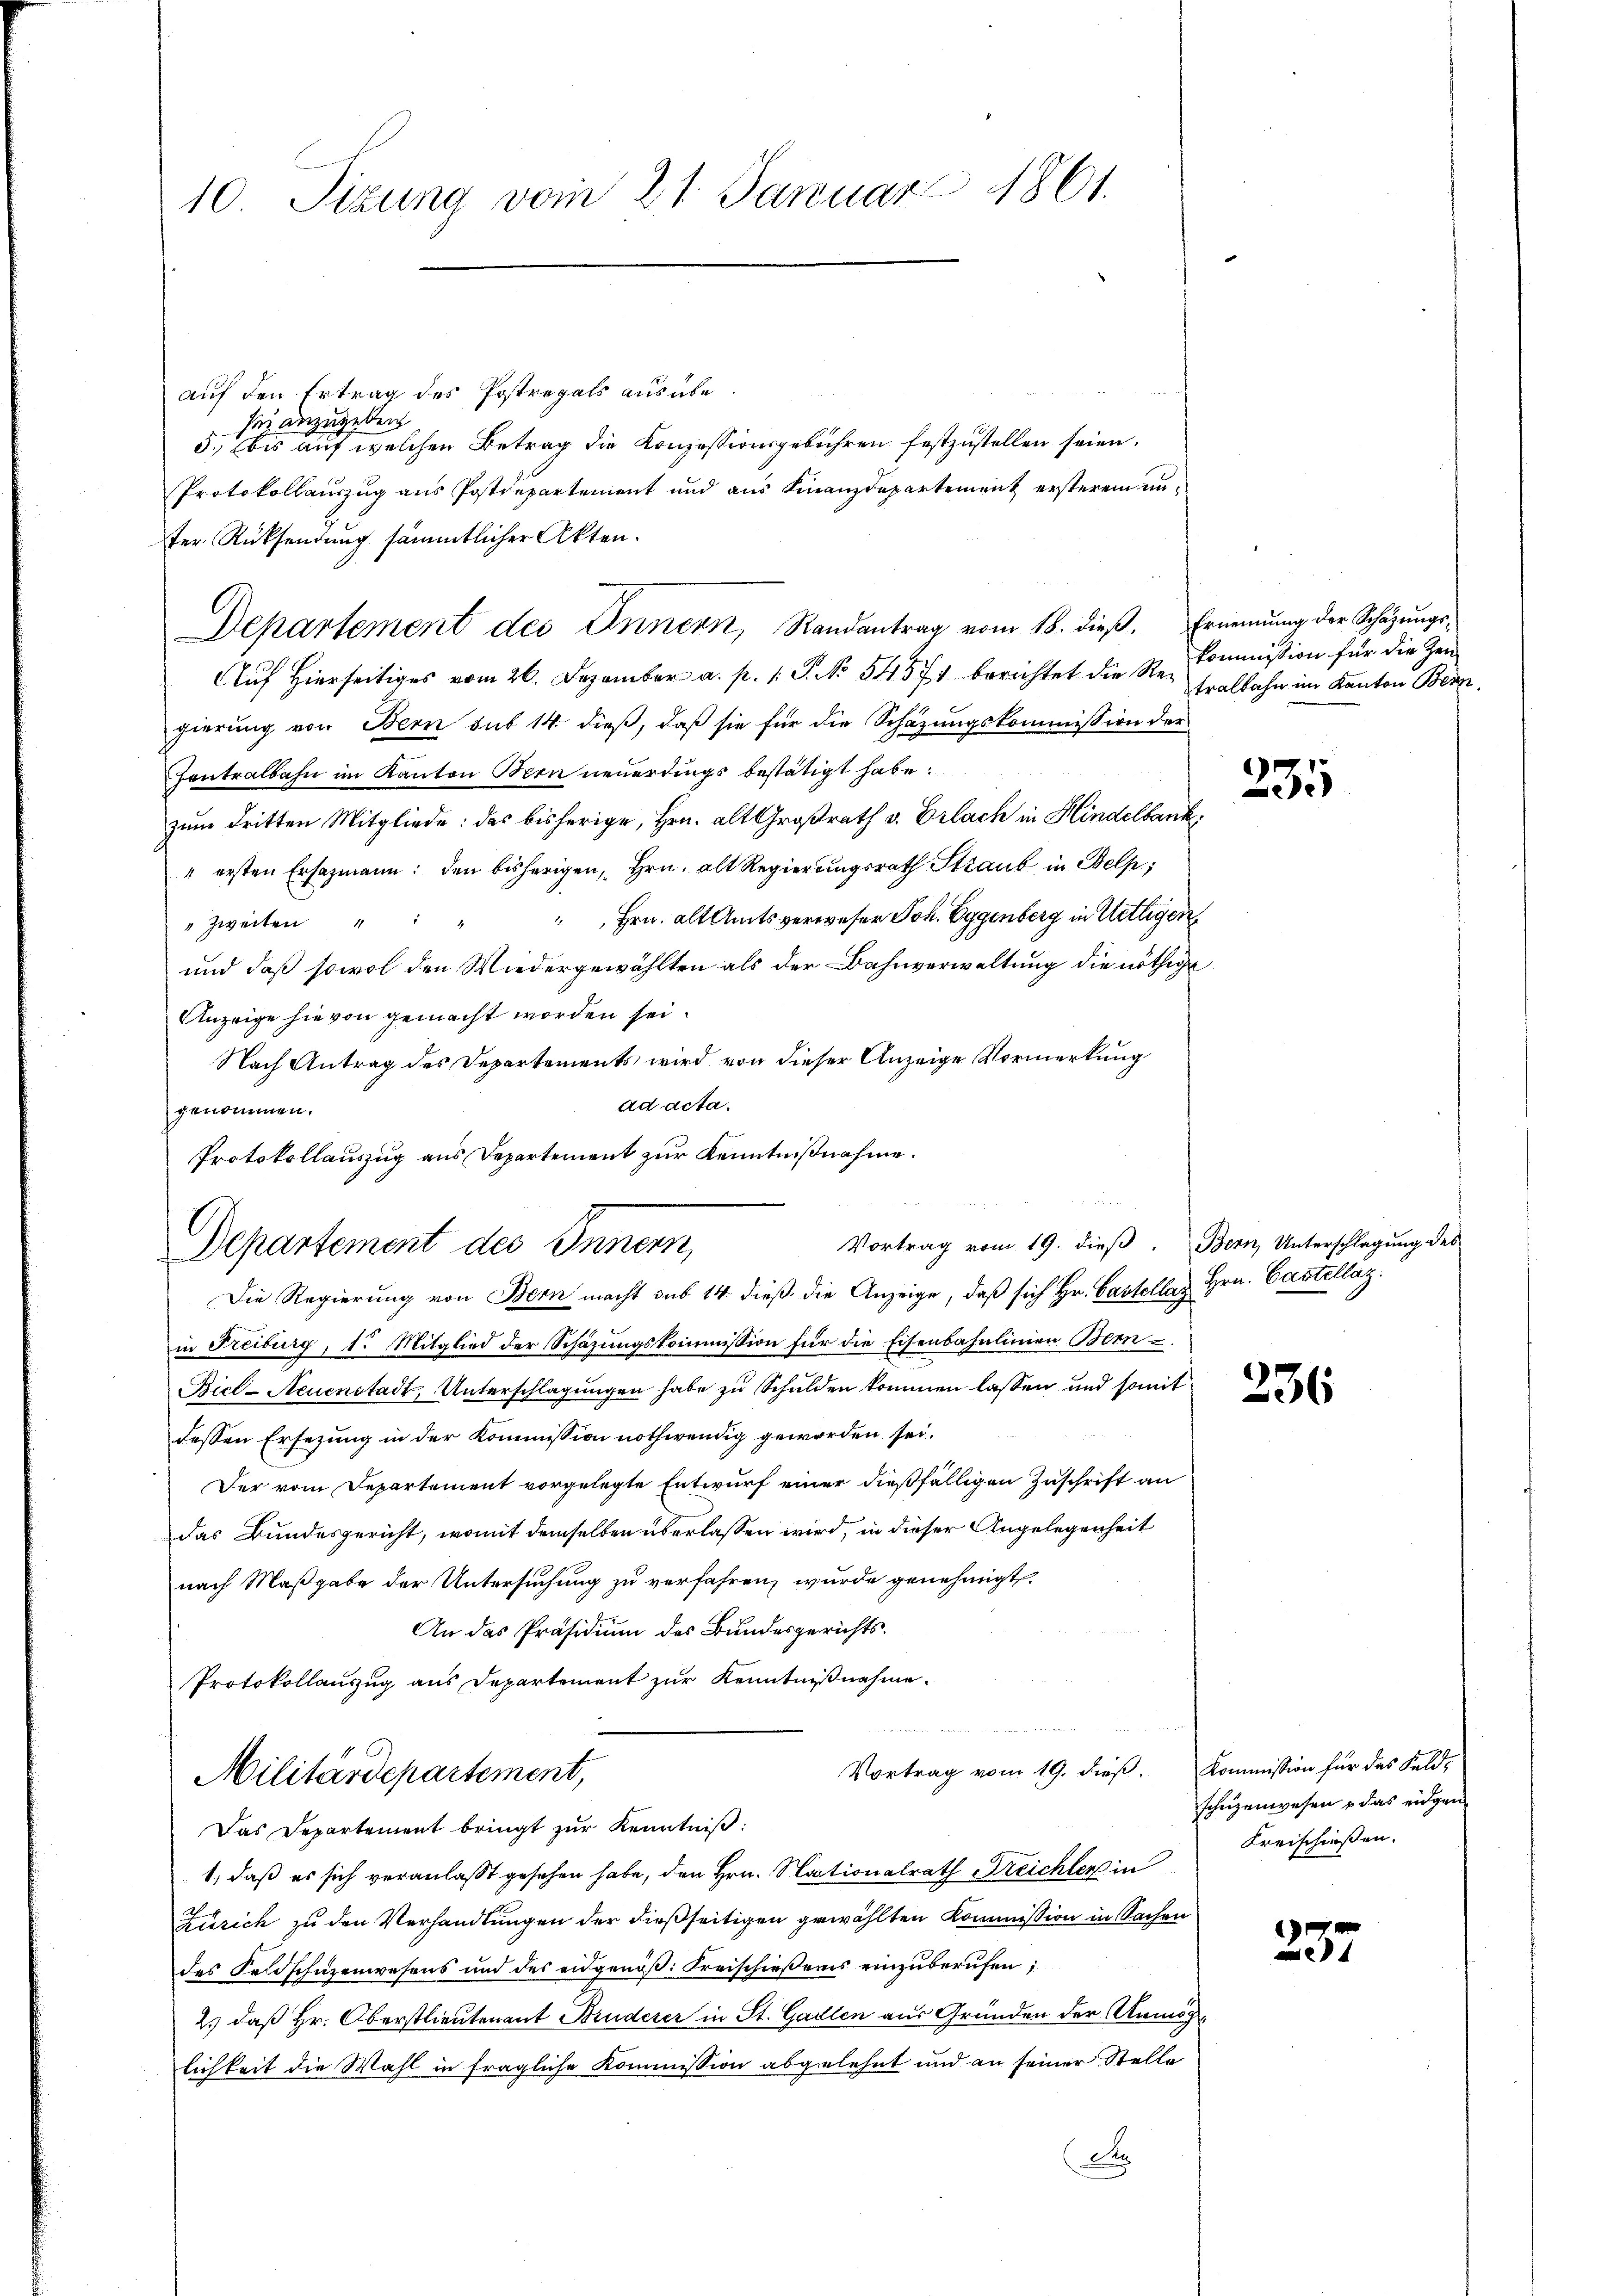
10 Sizung vom 21. Januar 1861.

auf den Ertrag des Postregals ausübesie anzugeben
5. bis auf welchen Betrag die Konzessionsgebühren festzustellen seien.
Protokollauszug aus Postdepartement und aus Finanzdepartement ersteren unter Rücksendung sämmtlicher Akten.
Departement des Innern, Randantrag vom 18. dieß. Ernennung der Schäzŭngs-
Auf Hierseitiges vom 26. Dezember a. p. 1 S. No 54571 berichtet die Regierung von Bern sub 14 dieß, daß sie für die Schazungskommission der
Zentralbahn im Kanton Bern neuerdings bestätigt habe.
zum Dritten Mitgliede: das bisherige, Hrn. alt Großrath v. Erlach in Hindelbank
" ersten Ersazmann: den bisherigen, Hrn. alt Regierungsrath Straub in Bels;
“ Hrn. alt Amtsverweser Joh. Eggenberg in Uetligen
" zweiten "
und daß sowol den Wiedergewählten als der Bahnverwaltung die nöthige
Anzeige hievon gemacht worden sei.
Nach Antrag des Departements wird von dieser Anzeige Vormerkung
ad acta.
genommen.
Protokollauszug aus Departement zur Kenntnißnahme.
Departement des Innern,
Die Regierung von Bern macht sub 14. dieß die Anzeige, daβ sich Hr. Castelles Hrn. Castellaz.
in Freiburg, 1. Mitglied der Schazungskommission für die Eisenbahnlinien Bern
Biel-Neuenstadt, Unterschlagungen habe zu Schulden kommen lassen und somit
dessen Ersezung in der Kommission nothwendig geworden sei.
Der vom Departement vorgelegte Entwurf einer dießfälligen Zuschrift an
das Bundesgericht, womit demselben überlassen wird, in dieser Angelegenheit
nach Maßgabe der Untersuchung zu verfahren, wurde genehmigt.
An das Präsidium des Bundesgerichts¬
B
Protokollauszug aus Departement zur Kenntnißnahme.
n
Vortrag vom 19. dieß. Kommission für das Feld-
Militärdepartement,
Das Departement bringt zur Kenntniß:
1., daß es sich veranlaßt gesehen habe, den Hrn. Nationalrath Treichler in
Zürich zu den Verhandlungen der dießseitigen gewählten Kommission in Sachen
des Feldschuzenwesens und des eidgenöß: Kreischießens einzuberufen;
2.) daß Hr. Oberstlieutenant Bruderer in St. Gallen aus Gründen der Unmöglichkeit die Wahl in fragliche Kommission abgelehnt und an seiner Stelle
Der

a
Vortrag vom 19. dieß. Bern, Unterschlagung des

kommission für die Zeutralbahn im Kanton Bern

235

236

schüzenwesen u das eidgen
Kreischießen.

237